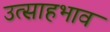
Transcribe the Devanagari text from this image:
उत्साहभाव